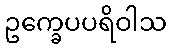
ဥက္ခေပပရိဝါသ